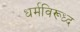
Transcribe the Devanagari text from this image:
धर्मविरूध्द